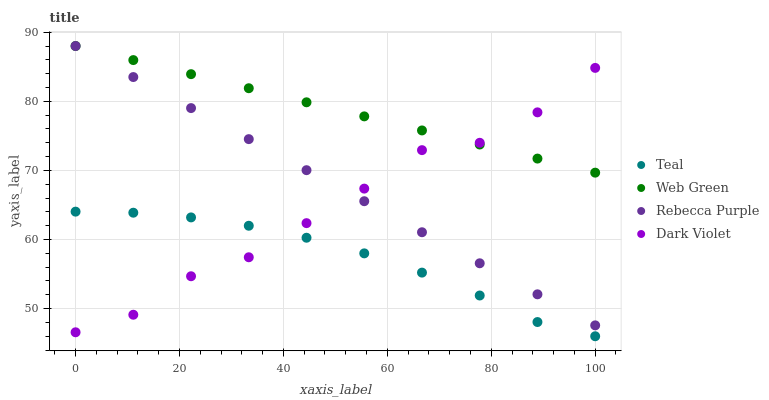
| xaxis_label | Teal | Web Green | Rebecca Purple | Dark Violet |
 | --- | --- | --- | --- | --- |
 | 0 | 64 | 88 | 88 | 46.6 |
 | 11.1 | 63.9 | 86 | 83.5 | 49.1 |
 | 22.2 | 63.2 | 83.9 | 79 | 54.7 |
 | 33.3 | 62 | 81.9 | 74.5 | 57.4 |
 | 44.4 | 60.3 | 79.9 | 70 | 62.4 |
 | 55.6 | 58 | 77.8 | 65.5 | 67.4 |
 | 66.7 | 55.2 | 75.8 | 61.1 | 72.9 |
 | 77.8 | 51.9 | 73.7 | 56.6 | 74 |
 | 88.9 | 48.1 | 71.7 | 52.1 | 78.4 |
 | 100 | 46 | 69.7 | 47.6 | 84.8 |